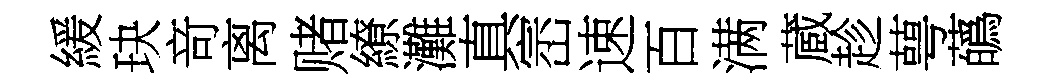
緩玦竒离赌繚灘真崈速百满蔵趁萼蘤